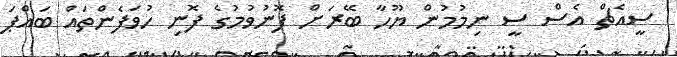
ސީއެޗް އެސް ސީ ނިމުމުން ޔޫހާ ބޭރަށް ފޮނުވުމުގެ ފޮނި ހުވަފެންތައް ބައްޕަ